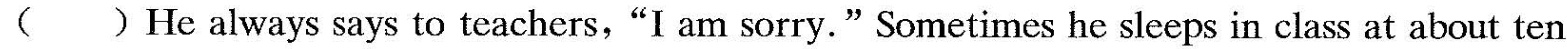
( ) He always says to teachers,"I am sorry."Sometimes he sleeps in class at about ten